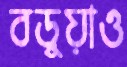
বড়ুয়াও